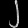
Digit: ၂